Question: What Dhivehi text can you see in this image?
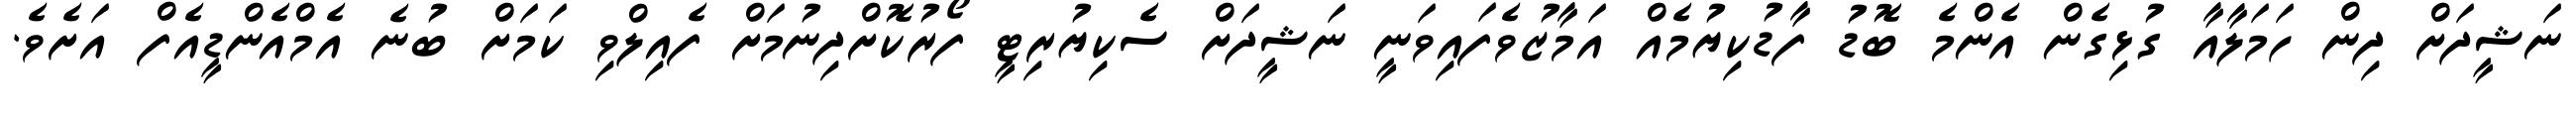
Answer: ނަޝީދަށް ދިން ހަމަލާއާ ގުޅިގެން އެންމެ ބޮޑު ފާޑުކިޔުމެއް އަމާޒުވެފައިވަނީ ނަޝީދަށް ސެކިޔުރިޓީ ފޯރުކޮށްދިނުމަށް ފެއިލްވި ކަމަށް ބުނެ އެމްއެންޑީއެފް އަށެވެ.